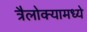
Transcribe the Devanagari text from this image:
त्रैलोक्यामध्ये